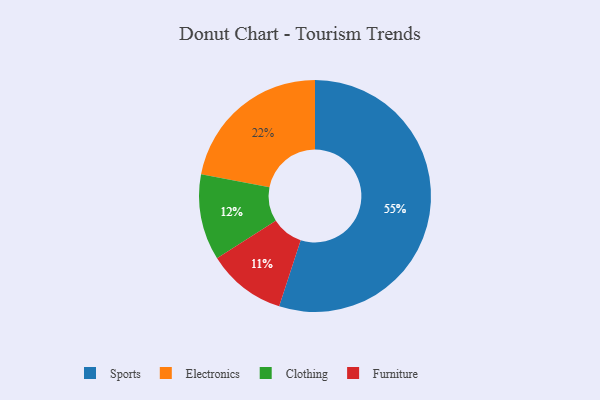
{"axis": {"x": "Category", "y": "Percentage"}, "legend": ["Clothing", "Electronics", "Furniture", "Sports"], "data": [{"x": "Sports", "y": 55, "type": "Sports"}, {"x": "Furniture", "y": 11, "type": "Furniture"}, {"x": "Clothing", "y": 12, "type": "Clothing"}, {"x": "Electronics", "y": 22, "type": "Electronics"}]}